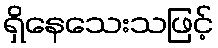
ရှိနေသေးသဖြင့်